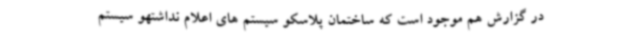
در گزارش هم موجود است که ساختمان پلاسکو سیستم های اعلام نداشتهو سیستم